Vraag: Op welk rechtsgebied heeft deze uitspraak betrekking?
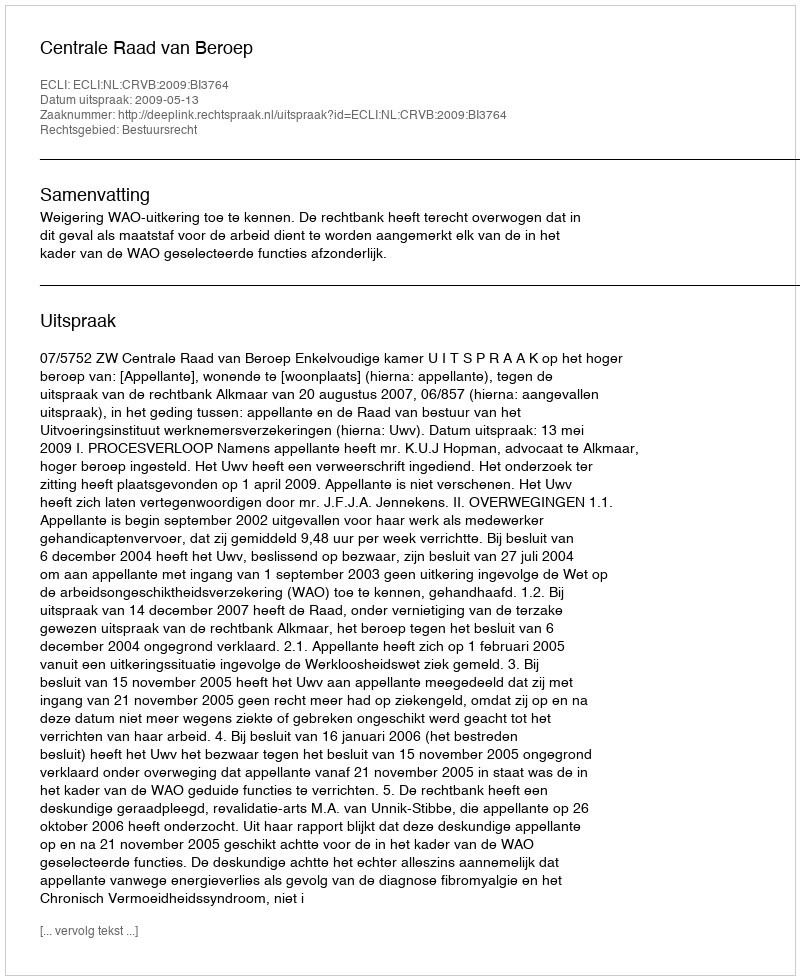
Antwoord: Bestuursrecht